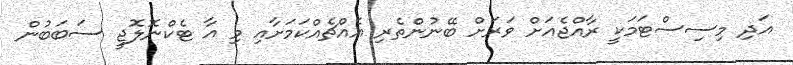
އަދި މިސިސްޓަމަކީ ރާއްޖެއަށް ވަރަށް ބޭނުންތެރި އެއްޗެއްކަމަށާއި މި އާ ޓެކްނޮލޮޖީ ސަބަބުން